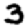
Digit: 3